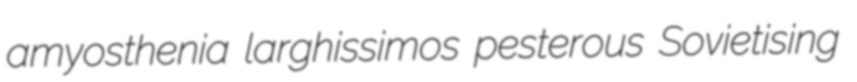
amyosthenia larghissimos pesterous Sovietising